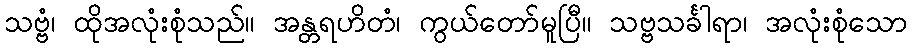
သဗ္ဗံ၊ ထိုအလုံးစုံသည်။ အန္တရဟိတံ၊ ကွယ်တော်မူပြီ။ သဗ္ဗသင်္ခါရာ၊ အလုံးစုံသော